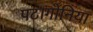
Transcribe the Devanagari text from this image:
पटागोनिया